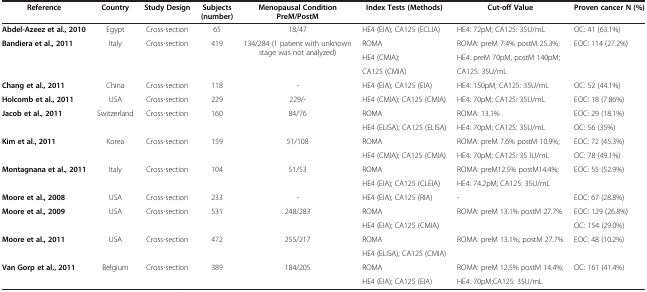
<table><thead><tr><td><b>Reference</b></td><td><b>Country</b></td><td><b>Study Design</b></td><td><b>Subjects (number)</b></td><td><b>Menopausal Condition PreM/PostM</b></td><td><b>Index Tests (Methods)</b></td><td><b>Cut-off Value</b></td><td><b>Proven cancer N (%)</b></td></tr></thead><tbody><tr><td><b>Abdel-Azeez et al., 2010</b></td><td>Egypt</td><td>Cross-section</td><td>65</td><td>18/47</td><td>HE4 (EIA); CA125 (ECLIA)</td><td>HE4: 72pM; CA125: 35U/mL</td><td>OC: 41 (63.1%)</td></tr><tr><td><b>Bandiera et al., 2011</b></td><td>Italy</td><td>Cross-section</td><td>419</td><td>134/284 (1 patient with unknown stage was not analyzed)</td><td>ROMA</td><td>ROMA: preM 7.4% postM 25.3%;</td><td>EOC: 114 (27.2%)</td></tr><tr><td> </td><td> </td><td> </td><td> </td><td> </td><td>HE4 (CMIA);</td><td>HE4: preM 70pM, postM 140pM;</td><td> </td></tr><tr><td> </td><td> </td><td> </td><td> </td><td> </td><td>CA125 (CMIA)</td><td>CA125: 35U/mL</td><td> </td></tr><tr><td><b>Chang et al., 2011</b></td><td>China</td><td>Cross-section</td><td>118</td><td>-</td><td>HE4 (EIA); CA125 (EIA)</td><td>HE4: 150pM; CA125: 35U/mL</td><td>OC: 52 (44.1%)</td></tr><tr><td><b>Holcomb et al., 2011</b></td><td>USA</td><td>Cross-section</td><td>229</td><td>229/-</td><td>HE4 (CMIA); CA125 (CMIA)</td><td>HE4: 70pM; CA125: 35U/mL</td><td>EOC: 18 (7.86%)</td></tr><tr><td><b>Jacob et al., 2011</b></td><td>Switzerland</td><td>Cross-section</td><td>160</td><td>84/76</td><td>ROMA</td><td>ROMA: 13.1%</td><td>EOC: 29 (18.1%)</td></tr><tr><td> </td><td> </td><td> </td><td> </td><td> </td><td>HE4 (ELISA); CA125 (ELISA)</td><td>HE4: 70pM; CA125: 35U/mL</td><td>OC: 56 (35%)</td></tr><tr><td><b>Kim et al., 2011</b></td><td>Korea</td><td>Cross-section</td><td>159</td><td>51/108</td><td>ROMA</td><td>ROMA: preM 7.6% postM 10.9%;</td><td>EOC: 72 (45.3%)</td></tr><tr><td> </td><td> </td><td> </td><td> </td><td> </td><td>HE4 (CMIA); CA125 (CMIA)</td><td>HE4: 70pM; CA125: 35 IU/mL</td><td>OC: 78 (49.1%)</td></tr><tr><td><b>Montagnana et al., 2011</b></td><td>Italy</td><td>Cross-section</td><td>104</td><td>51/53</td><td>ROMA</td><td>ROMA: preM12.5% postM14.4%;</td><td>EOC: 55 (52.9%)</td></tr><tr><td> </td><td> </td><td> </td><td> </td><td> </td><td>HE4 (EIA); CA125 (CLEIA)</td><td>HE4: 74.2pM; CA125: 35U/mL</td><td> </td></tr><tr><td><b>Moore et al., 2008</b></td><td>USA</td><td>Cross-section</td><td>233</td><td>-</td><td>HE4 (EIA); CA125 (RIA)</td><td>-</td><td>EOC: 67 (28.8%)</td></tr><tr><td><b>Moore et al., 2009</b></td><td>USA</td><td>Cross-section</td><td>531</td><td>248/283</td><td>ROMA</td><td>ROMA: preM 13.1% postM 27.7%</td><td>EOC: 129 (26.8%)</td></tr><tr><td> </td><td> </td><td> </td><td> </td><td> </td><td>HE4 (EIA); CA125 (CMIA)</td><td> </td><td>OC: 154 (29.0%)</td></tr><tr><td><b>Moore et al., 2011</b></td><td>USA</td><td>Cross-section</td><td>472</td><td>255/217</td><td>ROMA</td><td>ROMA: preM 13.1%; postM 27.7%</td><td>EOC: 48 (10.2%)</td></tr><tr><td> </td><td> </td><td> </td><td> </td><td> </td><td>HE4 (ELISA); CA125 (CMIA)</td><td> </td><td> </td></tr><tr><td><b>Van Gorp et al., 2011</b></td><td>Belgium</td><td>Cross-section</td><td>389</td><td>184/205</td><td>ROMA</td><td>ROMA: preM 12.5% postM 14.4%;</td><td>OC: 161 (41.4%)</td></tr><tr><td> </td><td> </td><td> </td><td> </td><td> </td><td>HE4 (EIA); CA125 (EIA)</td><td>HE4: 70pM;CA125: 35U/mL</td><td> </td></tr></tbody></table>